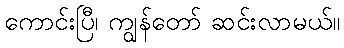
ကောင်းပြီ၊ ကျွန်တော် ဆင်းလာမယ်။